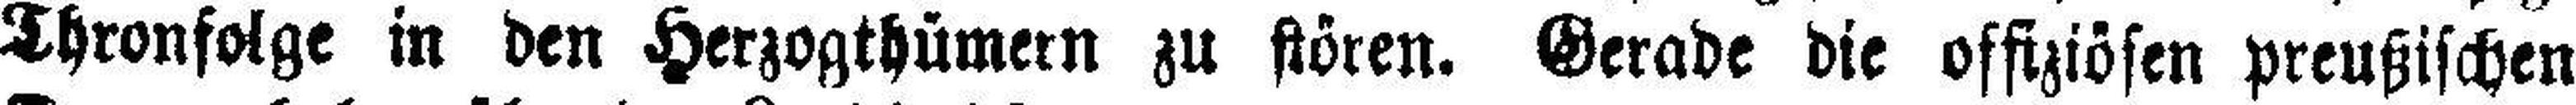
Thronfolge in den Herzogthümern zu stören. Gerade die offiziösen preußischen